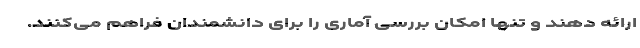
ارائه دهند و تنها امکان بررسی آماری را برای دانشمندان فراهم می‌کنند.